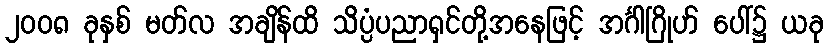
၂၀၀၈ ခုနှစ် မတ်လ အချိန်ထိ သိပ္ပံပညာရှင်တို့အနေဖြင့် အင်္ဂါဂြိုဟ် ပေါ်၌ ယခု